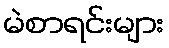
မဲစာရင်းများ